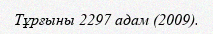
Тұрғыны 2297 адам (2009).